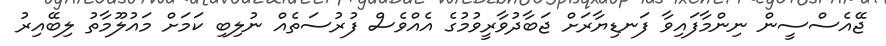
ޖޭއެސްސީން ނިންމާފައިވާ ފަނޑިޔާރަށް ޖަބާދުވާރީވުމުގެ އެއްވެސް ފުރުސަތެއް ނުލިބި ކަމަށް މައުލޫމާތު ލިބޭއިރު